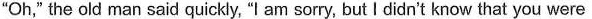
"Oh," the old man said quickly, "I am sorry, but I didn't know that you were